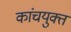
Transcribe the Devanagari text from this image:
कांचयुक्त